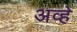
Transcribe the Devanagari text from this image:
अव्हे